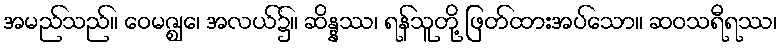
အမည်သည်။ ဝေမဇ္ဈေ၊ အလယ်၌။ ဆိန္နဿ၊ ရန်သူတို့ ဖြတ်ထားအပ်သော။ ဆဝသရီရဿ၊